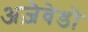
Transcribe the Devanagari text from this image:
अज़ेवेडो